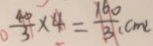
\frac { 4 0 } { 3 } \times 4 = \frac { 1 6 0 } { 3 } ( c m )